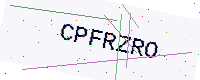
Text: CPFRZRO